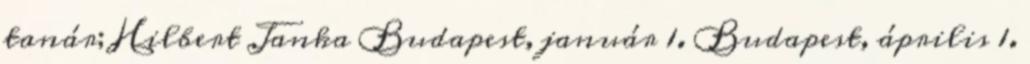
tanár; Hilbert Janka Budapest, január 1. Budapest, április 1.